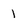
Character: I